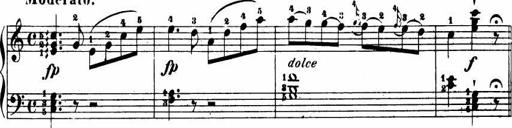
Title: Le bouquetier
Composer: Anton Diabelli
Key: G major
 C major
 F major
 C major